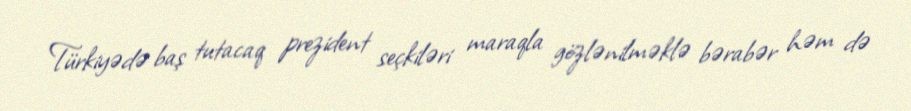
Türkiyədə baş tutacaq prezident seçkiləri maraqla gözlənilməklə bərabər həm də